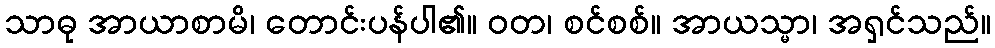
သာဓု အာယာစာမိ၊ တောင်းပန်ပါ၏။ ဝတ၊ စင်စစ်။ အာယသ္မာ၊ အရှင်သည်။